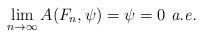
LaTeX: \begin{gather*}\lim_{n\to\infty}A(F_n,\psi)=\psi=0\textit{ a.e.}\end{gather*}